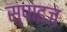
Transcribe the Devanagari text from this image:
स्पाइज़